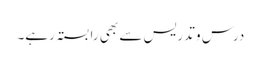
درس و تدریس سے بھی رابستہ رہے۔